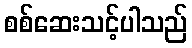
စစ်ဆေးသင့်ပါသည်